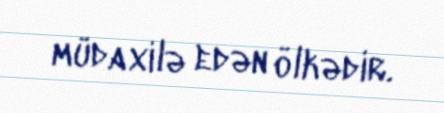
müdaxilə edən ölkədir.